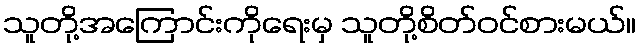
သူတို့အကြောင်းကိုရေးမှ သူတို့စိတ်ဝင်စားမယ်။